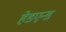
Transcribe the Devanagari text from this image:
हेडएन्ड